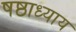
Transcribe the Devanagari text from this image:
षष्ठाध्याय